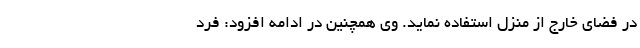
در فضای خارج از منزل استفاده نماید. وی همچنین در ادامه افزود: فرد